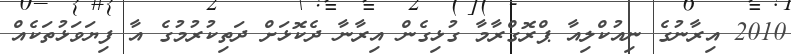
2010 އިރާނުގެ ނިއުކްލިއާ ޕްރޮގްރާމާ ގުޅިގެން އިރާނާ ދެކޮޅަށް ދަތިކުރުމުގެ އާ ފިޔަވަޅުތަކެއް